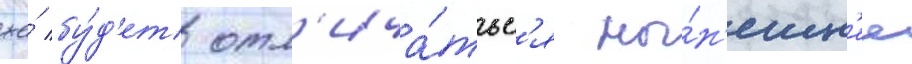
же́ бу́д'ет отл'ича́тьс'я ны́н'ешн'ее